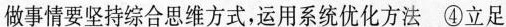
做事情要坚持综合思维方式，运用系统优化方法④立足